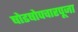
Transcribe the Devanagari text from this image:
षोडषोपचारपूजा